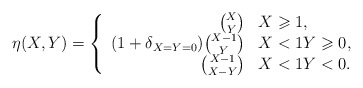
\begin{align*}\textstyle \eta(X,Y) = \left\{\begin{array}{rl}{X \choose Y} & X \geqslant 1, \\ (1+\delta_{X = Y = 0}) {X-1 \choose Y}& X < 1 Y \geqslant 0, \\ {X-1 \choose X-Y} & X < 1 Y < 0. \end{array}\right.\end{align*}